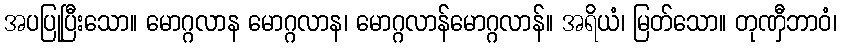
အပပြုပြီးသော။ မောဂ္ဂလာန မောဂ္ဂလာန၊ မောဂ္ဂလာန်မောဂ္ဂလာန်။ အရိယံ၊ မြတ်သော။ တုဏှီဘာဝံ၊